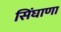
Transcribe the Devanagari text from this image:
सिंघाणा